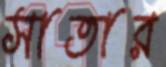
সাতার